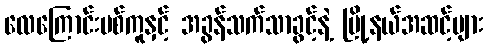
လေကြောင်းပစ်ကူနှင့် အခွန်သက်သာခွင့်နဲ့ မြို့နယ်အဆင့်များ